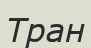
Тран